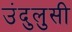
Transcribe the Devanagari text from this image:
उंदुलुसी